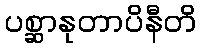
ပစ္ဆာနုတာပိနီတိ